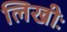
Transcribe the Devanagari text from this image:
लिखीः